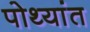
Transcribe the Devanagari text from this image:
पोथ्यांत